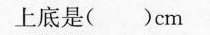
上底是（ ）cm